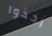
اخذوا